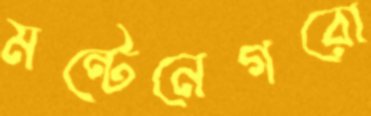
মন্টেনেগরো